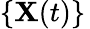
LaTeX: \{ \mathbf{X}(t)\} \,